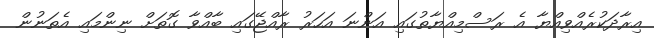
އިރާދަކުރެއްވިއްޔާ އެ ރަސްމިއްޔާތުގައި އަންނަ އަހަރު ރާއްޖޭގައި ބާއްވާ ގޮތަށް ނިންމައި އެތަނުން